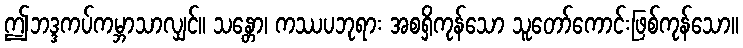
ဤဘဒ္ဒကပ်ကမ္ဘာသာလျှင်။ သန္တော၊ ကဿပဘုရား အစရှိကုန်သော သူတော်ကောင်းဖြစ်ကုန်သော။